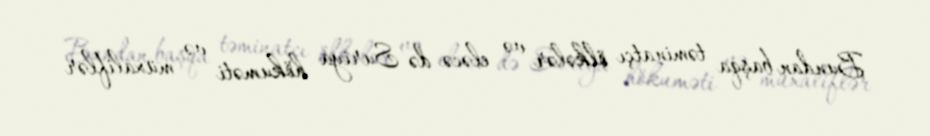
Bundan başqa təminatçı ölkələr və eləcə də Suriya hökuməti və müxaliflər